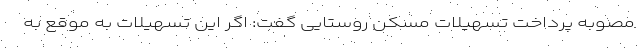
مصوبه پرداخت تسهیلات مسکن روستایی گفت: اگر این تسهیلات به موقع به